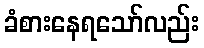
ခံစားနေရသော်လည်း